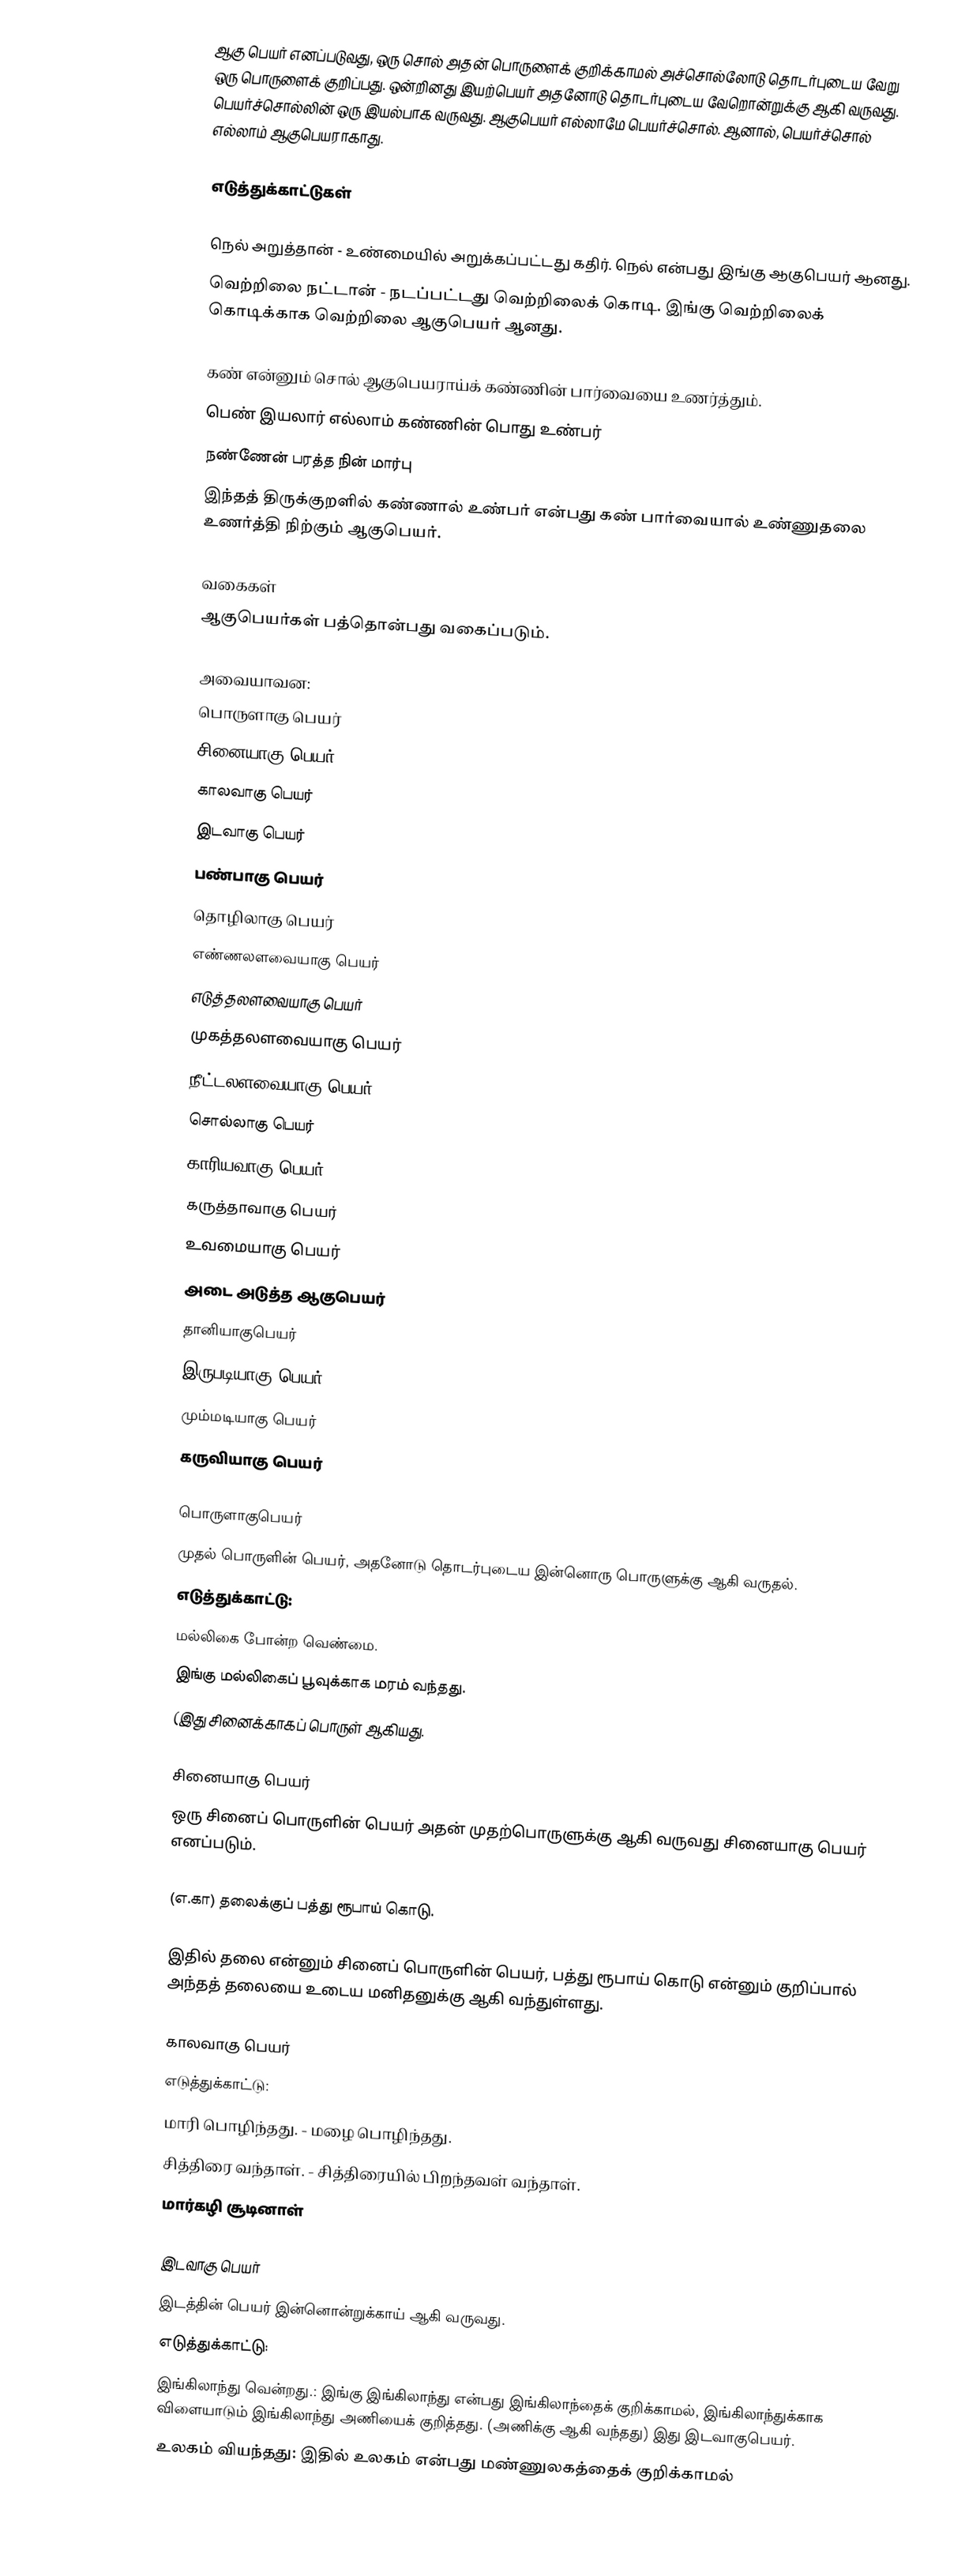
ஆகு பெயர் எனப்படுவது, ஒரு சொல் அதன் பொருளைக் குறிக்காமல் அச்சொல்லோடு தொடர்புடைய வேறு ஒரு பொருளைக் குறிப்பது. ஒன்றினது இயற்பெயர் அதனோடு தொடர்புடைய வேறொன்றுக்கு ஆகி வருவது. பெயர்ச்சொல்லின் ஒரு இயல்பாக வருவது. ஆகுபெயர் எல்லாமே பெயர்ச்சொல். ஆனால், பெயர்ச்சொல் எல்லாம் ஆகுபெயராகாது.

எடுத்துக்காட்டுகள்

 நெல் அறுத்தான் - உண்மையில் அறுக்கப்பட்டது கதிர். நெல் என்பது இங்கு ஆகுபெயர் ஆனது.
 வெற்றிலை நட்டான் - நடப்பட்டது வெற்றிலைக் கொடி. இங்கு வெற்றிலைக் கொடிக்காக வெற்றிலை ஆகுபெயர் ஆனது.

கண் என்னும் சொல் ஆகுபெயராய்க் கண்ணின் பார்வையை உணர்த்தும்.
 பெண் இயலார் எல்லாம் கண்ணின் பொது உண்பர்
 நண்ணேன் பரத்த நின் மார்பு
இந்தத் திருக்குறளில் கண்ணால் உண்பர் என்பது கண் பார்வையால் உண்ணுதலை உணர்த்தி நிற்கும் ஆகுபெயர்.

வகைகள்
ஆகுபெயர்கள்  பத்தொன்பது வகைப்படும்.

அவையாவன:
 பொருளாகு பெயர்
 சினையாகு பெயர்
 காலவாகு பெயர்
 இடவாகு பெயர்
 பண்பாகு பெயர்
 தொழிலாகு பெயர்
 எண்ணலளவையாகு பெயர்
 எடுத்தலளவையாகு பெயர்
 முகத்தலளவையாகு பெயர்
 நீட்டலளவையாகு பெயர்
 சொல்லாகு பெயர்
 காரியவாகு பெயர்
 கருத்தாவாகு பெயர்
 உவமையாகு பெயர்
 அடை அடுத்த ஆகுபெயர்
 தானியாகுபெயர்
 இருபடியாகு பெயர்
 மும்மடியாகு பெயர்
 கருவியாகு பெயர்

பொருளாகுபெயர்
முதல் பொருளின் பெயர், அதனோடு தொடர்புடைய இன்னொரு பொருளுக்கு ஆகி வருதல்.
எடுத்துக்காட்டு:
மல்லிகை போன்ற வெண்மை.
இங்கு மல்லிகைப் பூவுக்காக மரம் வந்தது.
(இது சினைக்காகப் பொருள் ஆகியது.

சினையாகு பெயர்
ஒரு சினைப் பொருளின் பெயர் அதன் முதற்பொருளுக்கு ஆகி வருவது சினையாகு பெயர் எனப்படும்.

(எ.கா) தலைக்குப் பத்து ரூபாய் கொடு.

இதில் தலை என்னும் சினைப் பொருளின் பெயர், பத்து ரூபாய் கொடு என்னும் குறிப்பால் அந்தத் தலையை உடைய மனிதனுக்கு ஆகி வந்துள்ளது.

காலவாகு பெயர்
எடுத்துக்காட்டு:
மாரி பொழிந்தது. - மழை பொழிந்தது.
சித்திரை வந்தாள். - சித்திரையில் பிறந்தவள் வந்தாள்.
 மார்கழி சூடினாள்

இடவாகு பெயர்
இடத்தின் பெயர் இன்னொன்றுக்காய் ஆகி வருவது.
எடுத்துக்காட்டு:
 இங்கிலாந்து வென்றது.: இங்கு இங்கிலாந்து என்பது இங்கிலாந்தைக் குறிக்காமல், இங்கிலாந்துக்காக விளையாடும் இங்கிலாந்து அணியைக் குறித்தது. (அணிக்கு ஆகி வந்தது) இது இடவாகுபெயர்.
உலகம் வியந்தது: இதில் உலகம் என்பது மண்ணுலகத்தைக் குறிக்காமல்